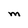
Character: m